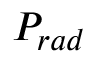
P _ { r a d }